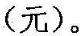
(元)。